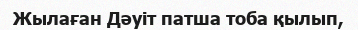
Жылаған Дәуіт патша тоба қылып,